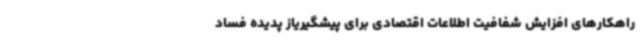
راهکارهای افزایش شفافیت اطلاعات اقتصادی برای پیشگیریاز پدیده فساد